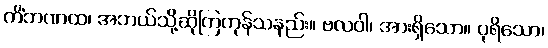
ကိံဘဏထ၊ အဘယ်သို့ဆိုကြကုန်သနည်း။ ဗလဝါ၊ အားရှိသော။ ပုရိသော၊